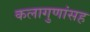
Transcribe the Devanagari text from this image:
कलागुणांसह